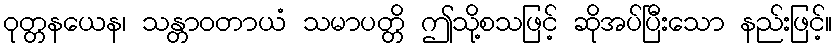
ဝုတ္တနယေန၊ သန္တာဝတာယံ သမာပတ္တိ ဤသို့စသဖြင့် ဆိုအပ်ပြီးသော နည်းဖြင့်။